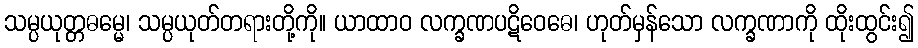
သမ္ပယုတ္တဓမ္မေ၊ သမ္ပယုတ်တရားတို့ကို။ ယာထာဝ လက္ခဏပဋိဝေဓေ၊ ဟုတ်မှန်သော လက္ခဏာကို ထိုးထွင်း၍